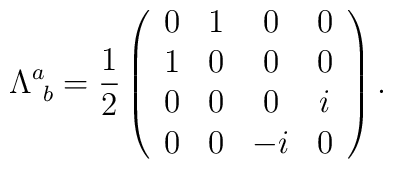
\Lambda^a_{\ b} = {1 \over 2}\left( \begin{array}{cccc}  0   &  1  & 0  & 0 \\                             1  &  0  & 0  & 0 \\                             0  &  0  & 0  & i \\                             0  &  0  & -i & 0    \end{array} \right).